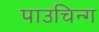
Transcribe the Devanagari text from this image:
पाउचिन्ग